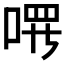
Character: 𪡔